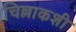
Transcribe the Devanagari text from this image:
चिल्लाकशी